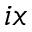
i x